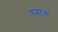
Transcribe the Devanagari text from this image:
चढ़ाऊं